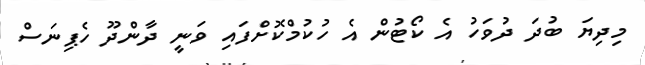
މިދިޔަ ބުދަ ދުވަހު އެ ކޯޓުން އެ ހުކުމްކޮށްފައި ވަނީ ދާންދޫ ހެޕިނަސް